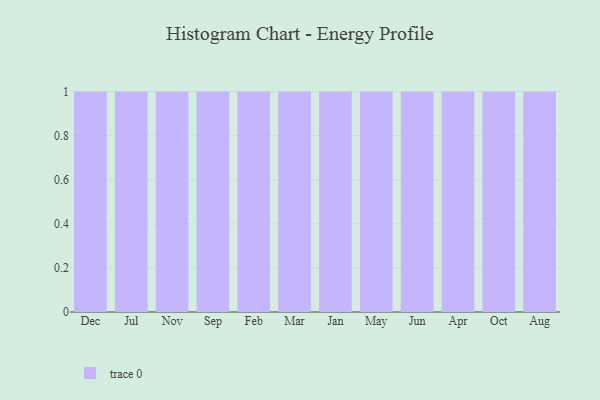
{"axis": {"x": "Month", "y": "Satisfaction Score"}, "legend": [""], "data": [{"x": "Dec", "y": 41, "type": ""}, {"x": "Jul", "y": 74, "type": ""}, {"x": "Nov", "y": 81, "type": ""}, {"x": "Sep", "y": 15, "type": ""}, {"x": "Feb", "y": 67, "type": ""}, {"x": "Mar", "y": 44, "type": ""}, {"x": "Jan", "y": 68, "type": ""}, {"x": "May", "y": 22, "type": ""}, {"x": "Jun", "y": 24, "type": ""}, {"x": "Apr", "y": 21, "type": ""}, {"x": "Oct", "y": 46, "type": ""}, {"x": "Aug", "y": 1, "type": ""}]}